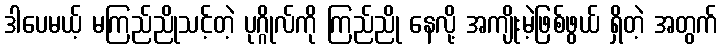
ဒါပေမယ့် မကြည်ညိုသင့်တဲ့ ပုဂ္ဂိုလ်ကို ကြည်ညို နေလို့ အကျိုးမဲ့ဖြစ်ဖွယ် ရှိတဲ့ အတွက်